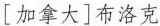
[加拿大]布洛克